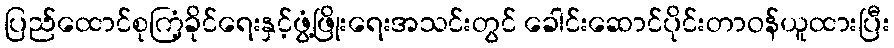
ပြည်ထောင်စုကြံ့ခိုင်ရေးနှင့်ဖွံ့ဖြိုးရေးအသင်းတွင် ခေါင်းဆောင်ပိုင်းတာဝန်ယူထားပြီး